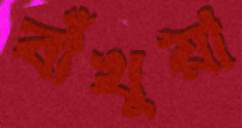
বাঁখুয়া